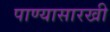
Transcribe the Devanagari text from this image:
पाण्यासारखी